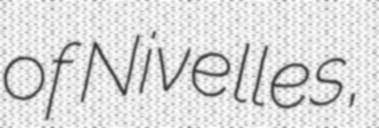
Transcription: of Nivelles,